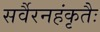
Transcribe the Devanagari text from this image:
सर्वैरनहंकृतैः